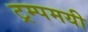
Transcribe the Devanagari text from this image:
ट्रम्पमयी